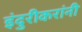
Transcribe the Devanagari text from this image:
इंदुरीकरांनी